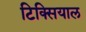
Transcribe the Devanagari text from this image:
टिक्सियाल